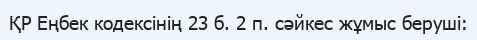
ҚР Еңбек кодексінің 23 б. 2 п. сәйкес жұмыс беруші: